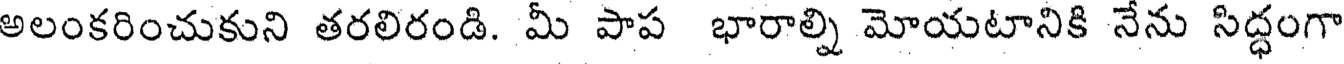
అలంకరించుకుని తరలిరండి. మీ పాప భారాల్ని మోయటానికి నేను సిద్ధంగా